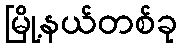
မြို့နယ်တစ်ခု